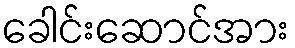
ခေါင်းဆောင်အား